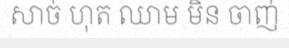
សាច់ ហុត ឈាម មិន ចាញ់